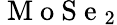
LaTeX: \mathrm{~M~o~S~e~}_{2}